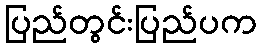
ပြည်တွင်းပြည်ပက